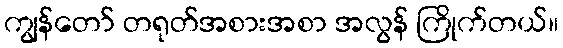
ကျွန်တော် တရုတ်အစားအစာ အလွန် ကြိုက်တယ်။